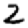
Digit: 2